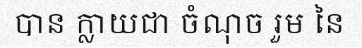
បាន ក្លាយជា ចំណុច រួម នៃ